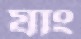
যাং